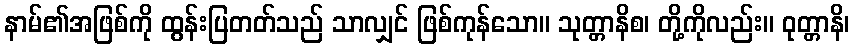
နာမ်၏အဖြစ်ကို ထွန်းပြတတ်သည် သာလျှင် ဖြစ်ကုန်သော။ သုတ္တာနိစ၊ တို့ကိုလည်း။ ဝုတ္တာနိ၊